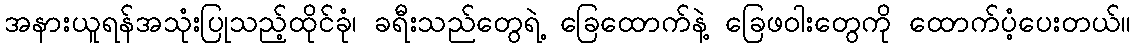
အနားယူရန်အသုံးပြုသည့်ထိုင်ခုံ၊ ခရီးသည်တွေရဲ့ ခြေထောက်နဲ့ ခြေဖဝါးတွေကို ထောက်ပံ့ပေးတယ်။